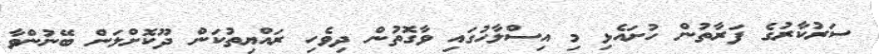
ސަރުކާރުގެ ފަރާތުން ހުށައެޅި މި އިސްލާހުގައި ވާގޮތުން ދިވެހި ރައްޔިތުކަން ދޫކޮށްލަން ބޭނުންވާ